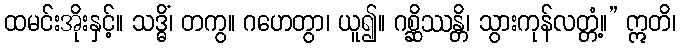
ထမင်းအိုးနှင့်။ သဒ္ဓိံ၊ တကွ။ ဂဟေတွာ၊ ယူ၍။ ဂစ္ဆိဿန္တိ၊ သွားကုန်လတ္တံ့။” ဣတိ၊